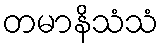
တမာနိသံသံ